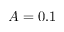
A = 0 . 1